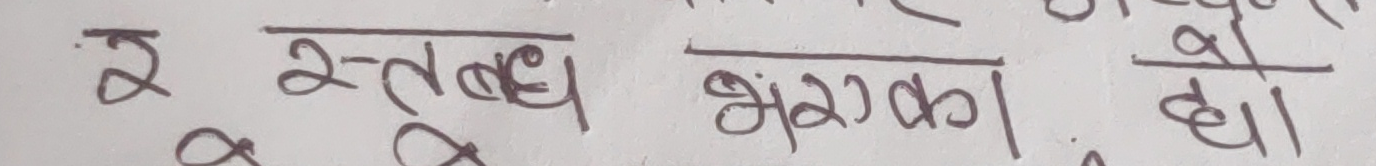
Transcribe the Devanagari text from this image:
२ स्तबध अंशका यौ ।